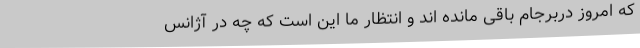
که امروز دربرجام باقی مانده اند و انتظار ما این است که چه در آژانس